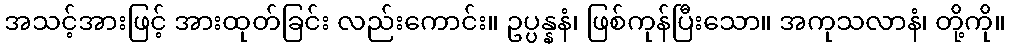
အသင့်အားဖြင့် အားထုတ်ခြင်း လည်းကောင်း။ ဥပ္ပန္နနံ၊ ဖြစ်ကုန်ပြီးသော။ အကုသလာနံ၊ တို့ကို။